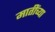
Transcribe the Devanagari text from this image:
मातींच्या